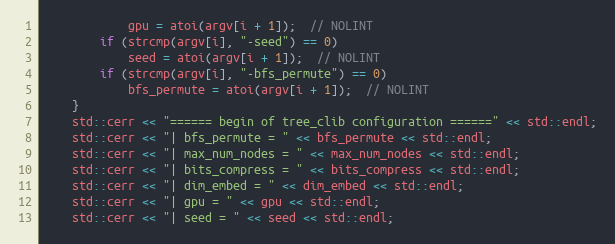
Language: C++
            gpu = atoi(argv[i + 1]);  // NOLINT
        if (strcmp(argv[i], "-seed") == 0)
            seed = atoi(argv[i + 1]);  // NOLINT
        if (strcmp(argv[i], "-bfs_permute") == 0)
            bfs_permute = atoi(argv[i + 1]);  // NOLINT
    }
    std::cerr << "====== begin of tree_clib configuration ======" << std::endl;
    std::cerr << "| bfs_permute = " << bfs_permute << std::endl;
    std::cerr << "| max_num_nodes = " << max_num_nodes << std::endl;
    std::cerr << "| bits_compress = " << bits_compress << std::endl;
    std::cerr << "| dim_embed = " << dim_embed << std::endl;
    std::cerr << "| gpu = " << gpu << std::endl;
    std::cerr << "| seed = " << seed << std::endl;